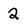
Character: 2